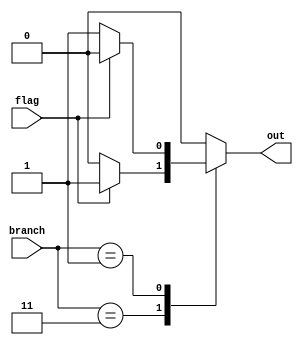
module Door_BNE_BEQ (branch,flag,out); //substituto para porte AND na implementacao de bne e beq.
  input [1:0] branch; //00 para desativado, 11 para beq, 01 para bne;
  input flag;
  output reg out;
  always @ ( * ) begin
  case (branch)
    2'b00: out = 0;
    2'b11: out = (flag == 1) ? 1 : 0; //BEQ
    2'b01: out = (flag != 1) ? 1 : 0; //BNE
    default: out = 0;
  endcase
  end
endmodule //Door_BNE_BEQ